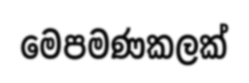
මෙපමණකලක්